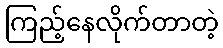
ကြည့်နေလိုက်တာတဲ့